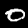
Digit: 0